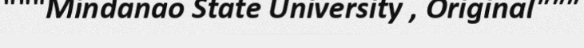
"""Mindanao State University , Original"""